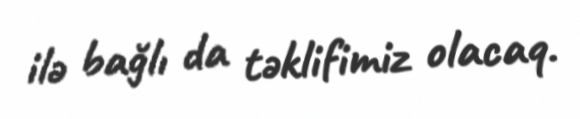
ilə bağlı da təklifimiz olacaq.